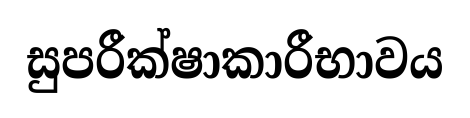
සුපරීක්ෂාකාරීභාවය